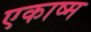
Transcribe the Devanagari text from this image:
एकाष्म